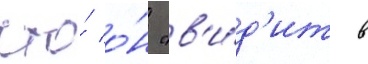
что́ о́н "в'и́д'ит в